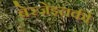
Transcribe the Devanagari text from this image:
बेरजेइतकी